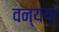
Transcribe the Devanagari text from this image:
वन्यया